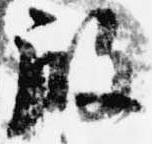
殿